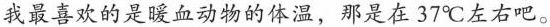
我最喜欢的是暖血动物的体温，那是在37℃左右吧。